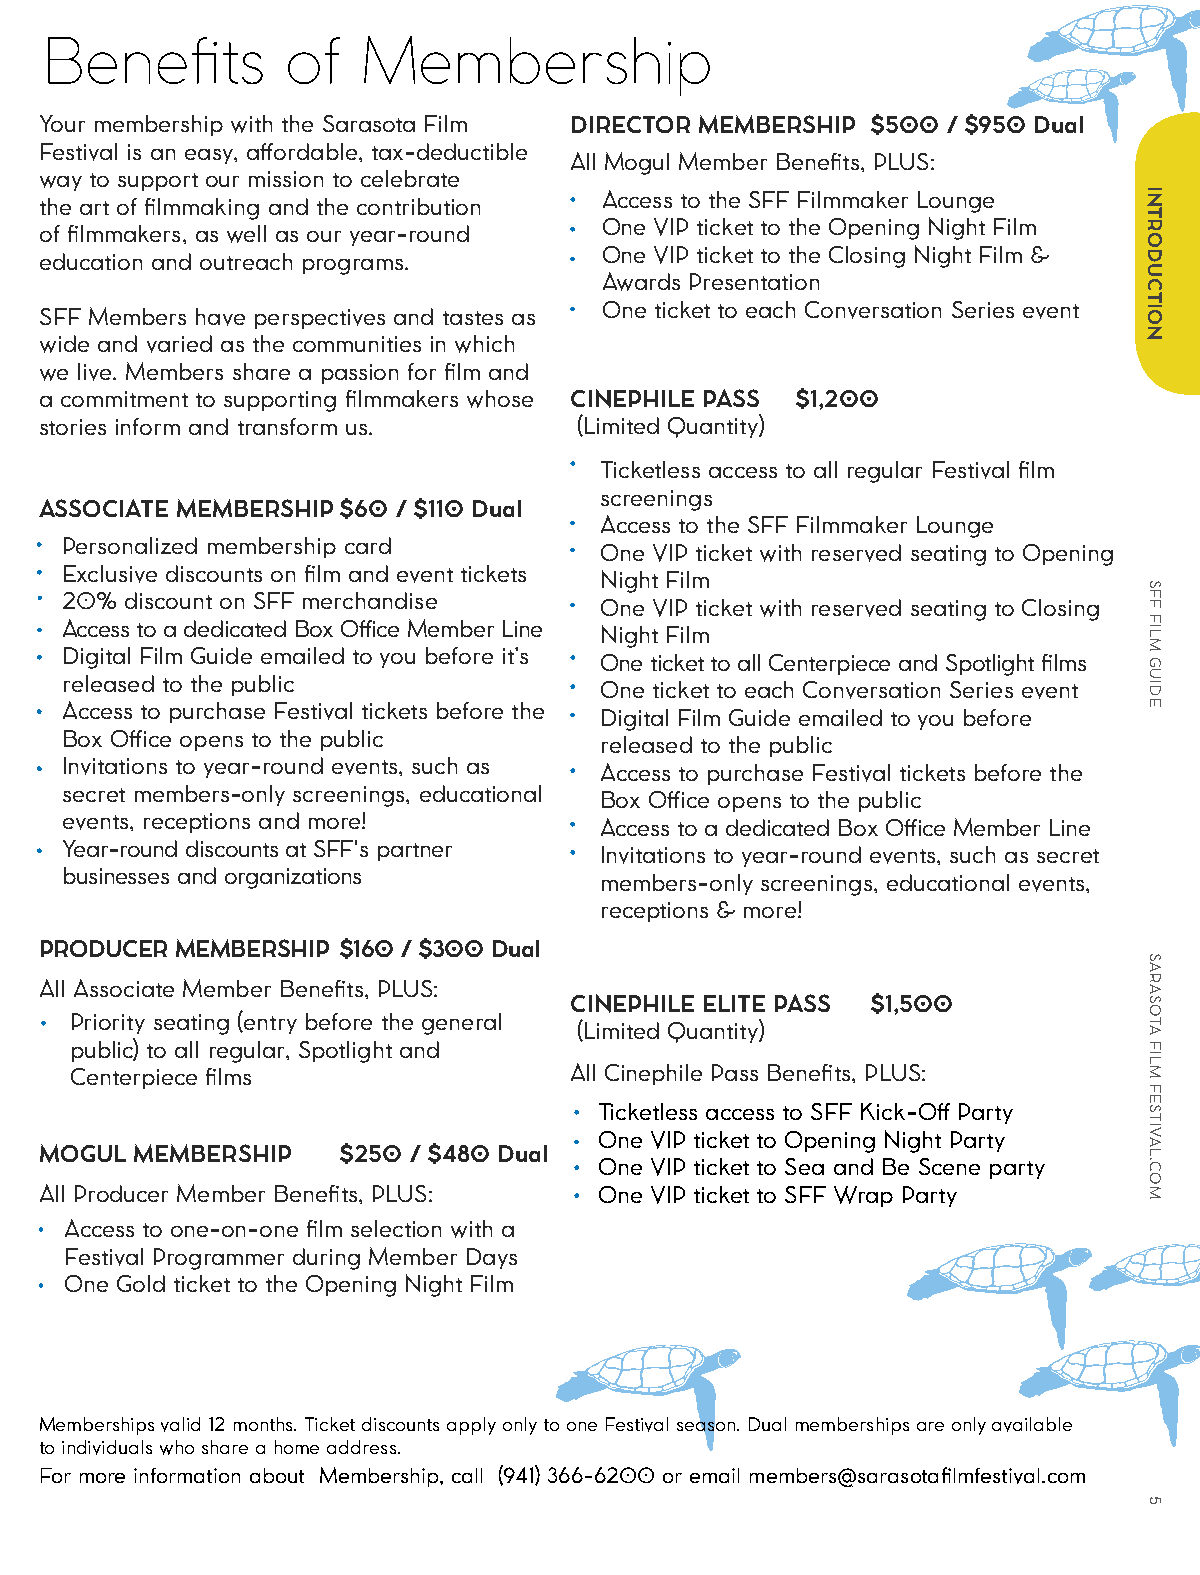
Benefits        of   Membership
 Your membership with the Sarasota Film DIRECTOR MEMBERSHIP $500 / $950 Dual
 Festival is an easy, affordable, tax-deductible
 All Mogul Member Benefits, PLUS:
 way to support our mission to celebrate
 Access to the SFF Filmmaker Lounge
 the art of filmmaking and the contribution
 One VIP ticket to the Opening Night Film
 of filmmakers, as well as our year-round
 One VIP ticket to the Closing Night Film &
 education and outreach programs.
 Awards Presentation
 One ticket to each Conversation Series event
 SFF Members have perspectives and tastes as
 wide and varied as the communities in which
 we live. Members share a passion for film and
 a commitment to supporting filmmakers whose CINEPHILE PASS $1,200
 stories inform and transform us.   (Limited Quantity)
 Ticketless access to all regular Festival film
 screenings
 ASSOCIATE MEMBERSHIP $60 / $110 Dual
 Access to the SFF Filmmaker Lounge
 Personalized membership card        One VIP ticket with reserved seating to Opening
 Exclusive discounts on film and event tickets Night Film
 20% discount on SFF merchandise     One VIP ticket with reserved seating to Closing
 Access to a dedicated Box Office Member Line Night Film
 Digital Film Guide emailed to you before it’s One ticket to all Centerpiece and Spotlight films
 released to the public              One ticket to each Conversation Series event
 Access to purchase Festival tickets before the Digital Film Guide emailed to you before
 Box Office opens to the public      released to the public
 Invitations to year-round events, such as Access to purchase Festival tickets before the
 secret members-only screenings, educational Box Office opens to the public
 events, receptions and more!        Access to a dedicated Box Office Member Line
 Year-round discounts at SFF's partner Invitations to year-round events, such as secret
 businesses and organizations        members-only screenings, educational events,
 receptions & more!
 PRODUCER MEMBERSHIP $160 / $300 Dual
 All Associate Member Benefits, PLUS:
 CINEPHILE ELITE PASS $1,500
 Priority seating (entry before the general
 (Limited Quantity)
 public) to all regular, Spotlight and
 Centerpiece films                All Cinephile Pass Benefits, PLUS:
 Ticketless access to SFF Kick-Off Party
 One VIP ticket to Opening Night Party
 MOGUL MEMBERSHIP   $250 / $480 Dual
 One VIP ticket to Sea and Be Scene party
 All Producer Member Benefits, PLUS:  One VIP ticket to SFF Wrap Party
 Access to one-on-one film selection with a
 Festival Programmer during Member Days
 One Gold ticket to the Opening Night Film
 Memberships valid 12 months. Ticket discounts apply only to one Festival season. Dual memberships are only available
 to individuals who share a home address.
 For more information about Membership, call (941) 366-6200 or email members@sarasotafilmfestival.com
 INTRODUCTION
 SFF
 FILM
 GUIDE
 SARASOTA
 FILM
 FESTIVAL.COM
 5